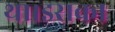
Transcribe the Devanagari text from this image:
था।इसका